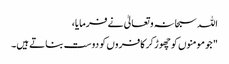
اللہ سبحانہ و تعالیٰ نے فرمایا،
" جو مومنوں کو چھوڑ کر کافروں کو دوست بناتے ہیں۔